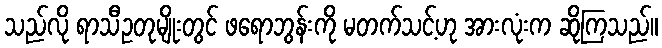
သည်လို ရာသီဥတုမျိုးတွင် ဖရောဘွန်းကို မတက်သင့်ဟု အားလုံးက ဆိုကြသည်။